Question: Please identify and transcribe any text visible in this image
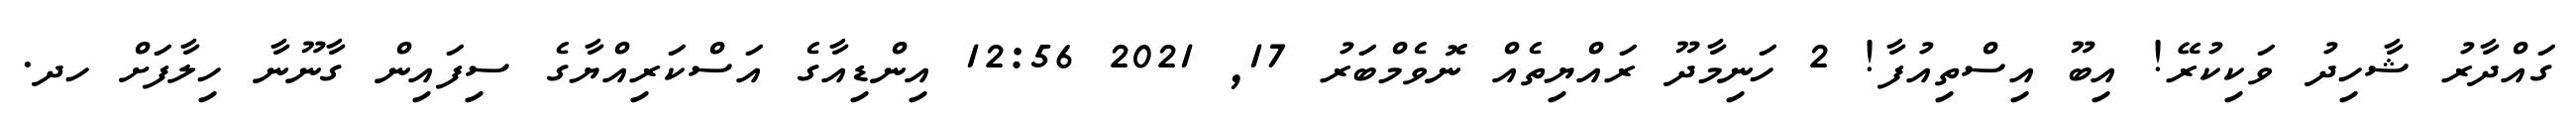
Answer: ގައްދާރު ޝާހިދު ވަކިކުރޭ! އިބޫ އިސްތިއުފާ! 2 ހަނިމާދޫ ރައްޔިތެއް ނޮވެމްބަރު 17, 2021 12:56 އިންޑިއާގެ އަސްކަރިއްޔާގެ ސިފައިން ގާނޫނާ ހިލާފަށް ހދ.